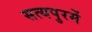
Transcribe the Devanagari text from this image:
सत्यपुरमें